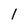
Character: 1